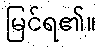
မြင်ရ၏။